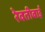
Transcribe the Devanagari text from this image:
रेवतीबाई